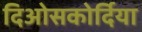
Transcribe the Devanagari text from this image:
दिओसकोर्दिया